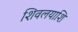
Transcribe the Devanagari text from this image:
शिवलयाशि